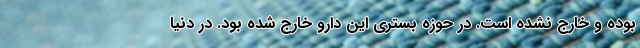
بوده و خارج نشده است. در حوزه بستری این دارو خارج شده بود. در دنیا